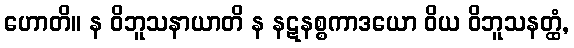
ဟောတိ။ န ဝိဘူသနာယာတိ န နဋနစ္စကာဒယော ဝိယ ဝိဘူသနတ္ထံ,